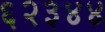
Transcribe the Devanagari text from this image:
६२३४४